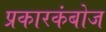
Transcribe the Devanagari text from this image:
प्रकारकंबोज